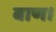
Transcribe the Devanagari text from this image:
बाण।